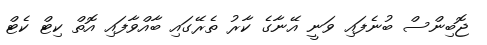
ޖޮބިންސް ބުނެފައި ވަނީ އޭނާގެ ކާރު ތެރޭގައި ބާއްވާފައި އޮތް ކިޓް ކެޓް